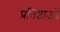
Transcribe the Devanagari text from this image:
प्रतिष्ठाओं